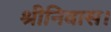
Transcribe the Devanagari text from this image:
श्रीनिवास।